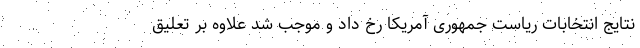
نتایج انتخابات ریاست جمهوری آمریکا رخ داد و موجب شد علاوه بر تعلیق